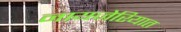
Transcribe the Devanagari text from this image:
नायजेरियात